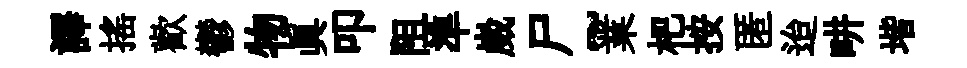
譯揺歡鬱物眞叩阻準崴尸~業杷按匿迨畊堦